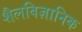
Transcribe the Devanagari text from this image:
शैलविज्ञानिक